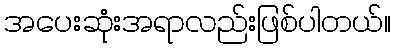
အပေးဆုံးအရာလည်းဖြစ်ပါတယ်။